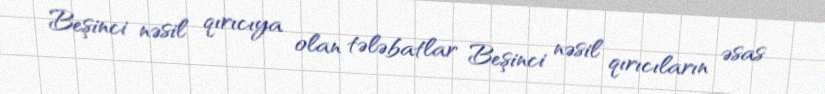
Beşinci nəsil qırıcıya olan tələbatlar Beşinci nəsil qırıcıların əsas